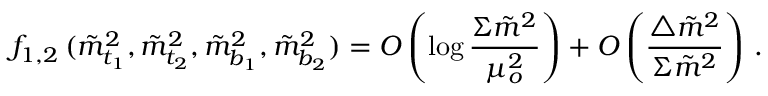
f _ { 1 , 2 } \, ( \tilde { m } _ { t _ { 1 } } ^ { 2 } , \tilde { m } _ { t _ { 2 } } ^ { 2 } , \tilde { m } _ { b _ { 1 } } ^ { 2 } , \tilde { m } _ { b _ { 2 } } ^ { 2 } ) = O \left( \log \frac { \Sigma \tilde { m } ^ { 2 } } { \mu _ { o } ^ { 2 } } \right) + O \left( \frac { \bigtriangleup \tilde { m } ^ { 2 } } { \Sigma \tilde { m } ^ { 2 } } \right) \, .